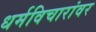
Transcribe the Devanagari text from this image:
धर्मविचारांवर